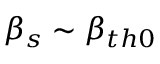
\beta _ { s } \sim \beta _ { t h 0 }